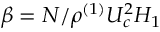
\beta = N / \rho ^ { ( 1 ) } U _ { c } ^ { 2 } H _ { 1 }